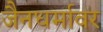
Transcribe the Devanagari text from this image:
जैनधर्मावर